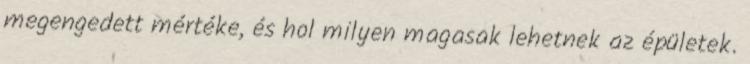
megengedett mértéke, és hol milyen magasak lehetnek az épületek.